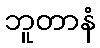
ဘူတာနံ